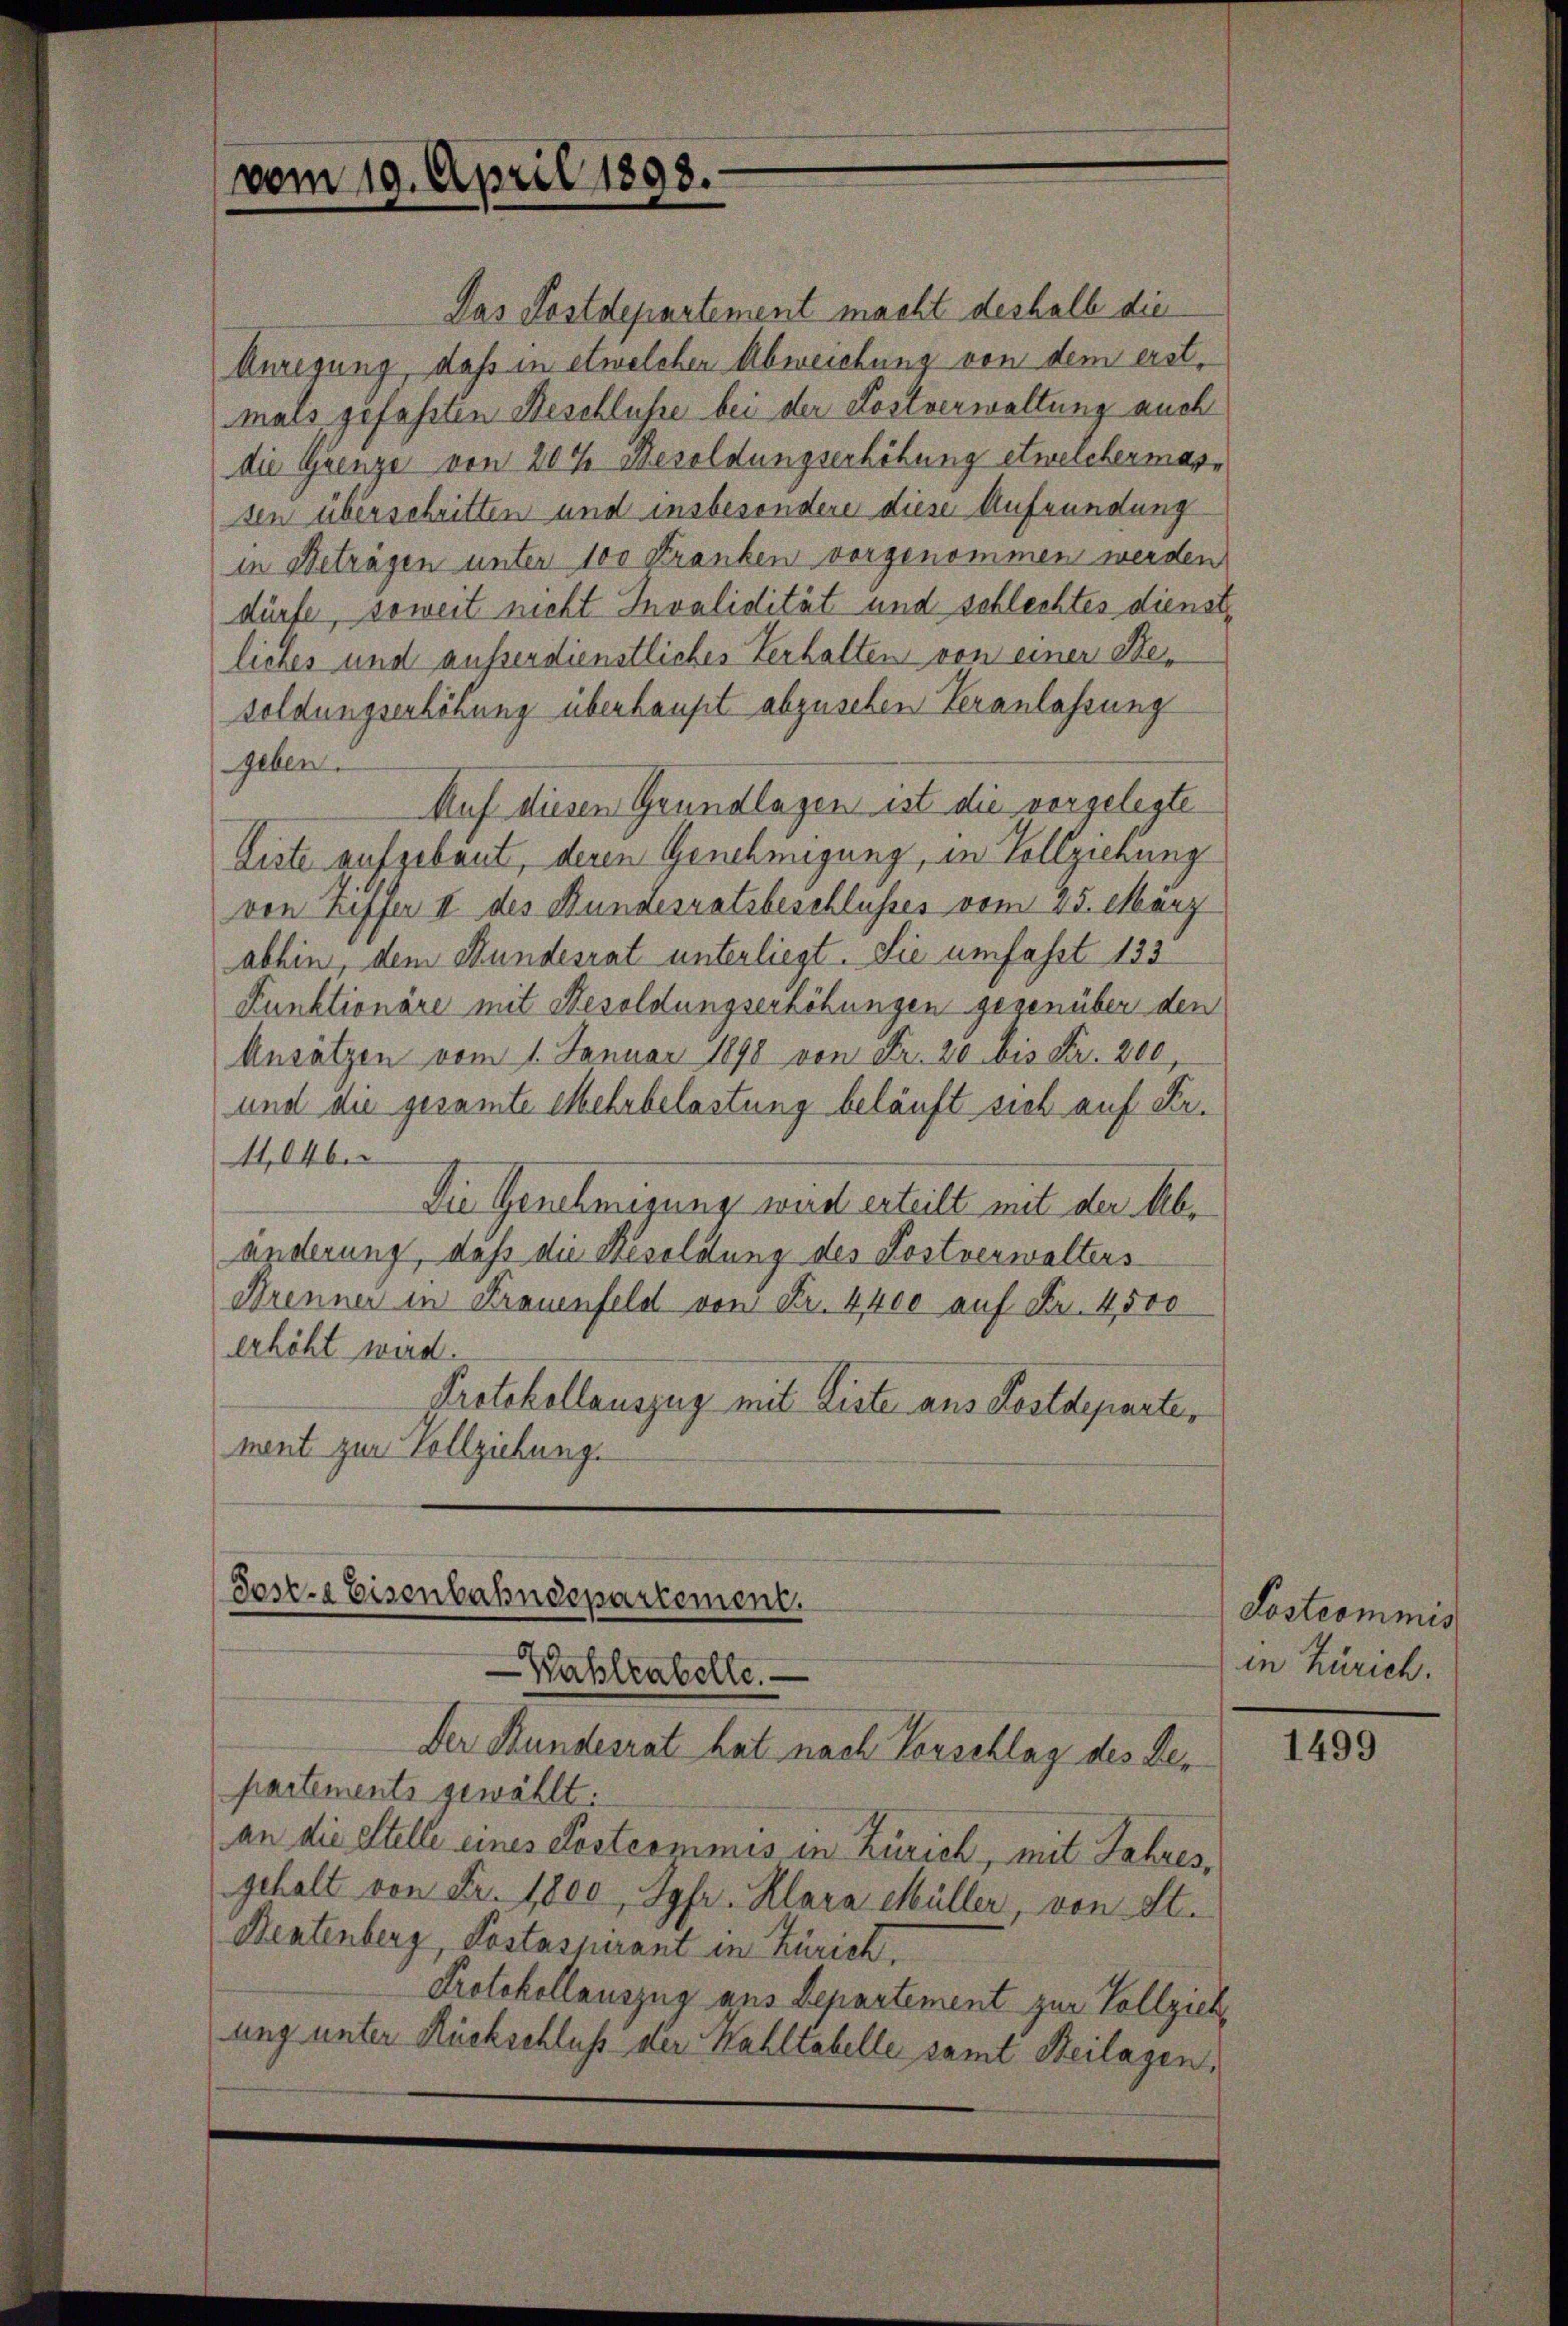
vom 19. April 1898.

Das Postdepartement macht deshalb die
Anregung, daß in etwelchen Abweichung von dem erst,
mals gefahrten Beschlusse bei der Kostverwaltung auch
die Quenze von 20% Besoldungserhöhung etwelchermarsen überschritten und insbesondere diese Aufründung
in Beträgen unter 100 Franken vorgenommen werden
dürfe, soweit nicht Invalidität und schlechtes dienste
liches und ausserdienstliches Verhalten von einer Besoldungserhöhung überhaupt abzusehen Veranlassung
geben.
Auf diesen Grundlagen ist die vorgelegte
Liste aufgebaut, deren Genehmigung, in Vollziehung
von Ziffer II des Bundesratsbeschlusses vom 15. März
abhin, dem Bundesrat unterliegt. Sie umfasst 133
Funktionäre mit Besoldungserhöhungen gegenüber den
Ansätzen vom 1. Januar 1890 von Fr. 20 bis Fr. 200,
und die gesamte Mehrbelastung beläuft sich auf Fr.
4,046
Die Genehmigung wird erteilt mit der Abänderung, daß die Resoldung des Kostverwalters
Brenner in Frauenfeld von Fr. 4400 auf Fr. 4,500
erhöht wird.
Protokollauszug mit Liste aus Postdeparte,
ment zur Vollziehung.

Sose. Eisenbahndepartement.
Wahlrabelle.

Der Hundesrat hat nach Vorschlag des Bepartements gewählt:
an die Stelle eines Postcommis in Zürich, mit Jahres,
gehalt von Fr. 1800, Jgfr. Klara Müller, von St.
Dentenberg, Postaspirant in Zürich,
Protokollauszug aus Departement zur Vollzieh
ung unter Rückschluß der Kahltabelle samt Beilagen,

Lostrommis
in Zürich.

1499